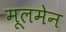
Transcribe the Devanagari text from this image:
मूलमेन